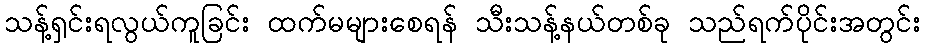
သန့်ရှင်းရလွယ်ကူခြင်း ထက်မများစေရန် သီးသန့်နယ်တစ်ခု သည်ရက်ပိုင်းအတွင်း